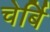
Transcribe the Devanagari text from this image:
चेर्बि